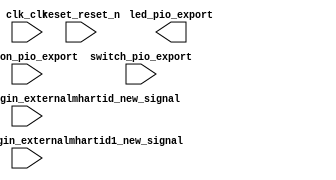

module soc_system (
	button_pio_export,
	clk_clk,
	led_pio_export,
	reset_reset_n,
	switch_pio_export,
	vexriscvaxi4_0_csrplugin_externalmhartid_new_signal,
	vexriscvaxi4_1_csrplugin_externalmhartid1_new_signal);	

	input	[3:0]	button_pio_export;
	input		clk_clk;
	output	[3:0]	led_pio_export;
	input		reset_reset_n;
	input	[2:0]	switch_pio_export;
	input	[31:0]	vexriscvaxi4_0_csrplugin_externalmhartid_new_signal;
	input	[31:0]	vexriscvaxi4_1_csrplugin_externalmhartid1_new_signal;
endmodule